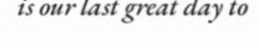
is our last great day to